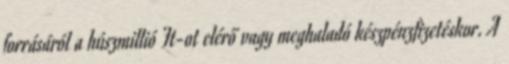
forrásáról a húszmillió Ft-ot elérő vagy meghaladó készpénzfizetéskor. A